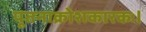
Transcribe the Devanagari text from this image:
पूतनाक्रोशकारकः।